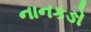
નાનકઙો